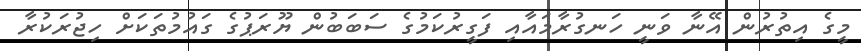
މީގެ އިތުރުން އޭނާ ވަނީ ހަނގުރާމައާއި ފަގީރުކަމުގެ ސަބަބުން ޔޫރަޕުގެ ގައުމުތަކަށް ހިޖުރަކުރާ